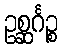
ဥစ္ဆင်္ဂဉ္စ